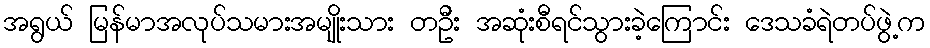
အရွယ် မြန်မာအလုပ်သမားအမျိုးသား တဦး အဆုံးစီရင်သွားခဲ့ကြောင်း ဒေသခံရဲတပ်ဖွဲ့က